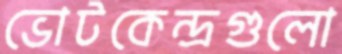
ভোটকেন্দ্রগুলো